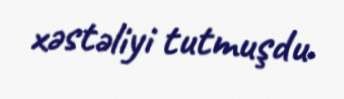
xəstəliyi tutmuşdu.